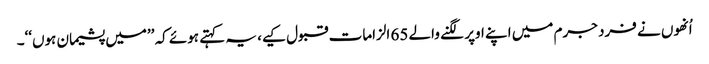
اُنھوں نے فرد جرم میں اپنے اوپر لگنے والے 65 الزامات قبول کیے، یہ کہتے ہوئے کہ ’’میں پشیمان ہوں‘‘۔